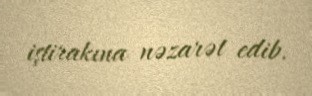
iştirakına nəzarət edib.